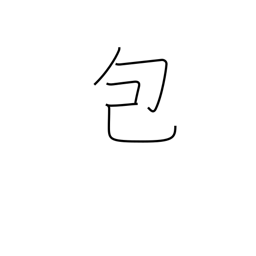
Meaning: pack up